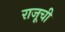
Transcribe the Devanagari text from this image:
राजूची